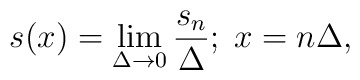
s(x)= \lim_{\Delta \rightarrow 0} \frac{s_n}{\Delta}; \; x=n \Delta,